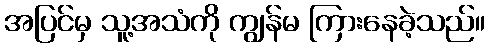
အပြင်မှ သူ့အသံကို ကျွန်မ ကြားနေခဲ့သည်။